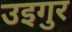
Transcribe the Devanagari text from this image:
उइगुर